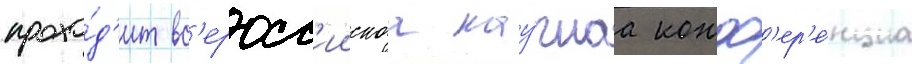
прохо́д'ит вс'еросс'иискаа нау́чнаа конф'ер'е́нциа